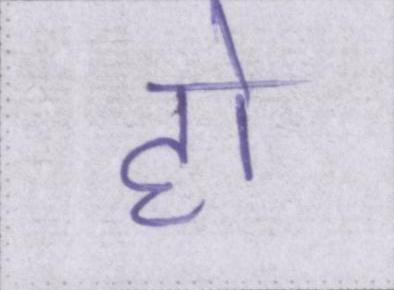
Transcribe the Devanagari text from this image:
हो